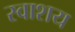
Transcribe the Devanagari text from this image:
स्वाशय